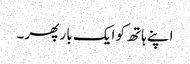
اپنے ہاتھ کو ایک بار پھر۔